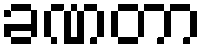
ခဏတာ